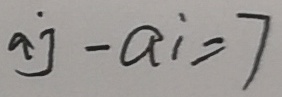
a _ { j } - a _ { i } = 7